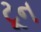
ટૂન